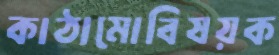
কাঠামোবিষয়ক